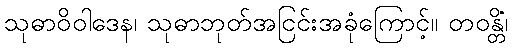
သုဓာဝိဝါဒေန၊ သုဓာဘုတ်အငြင်းအခုံကြောင့်။ တဝန္တိံ၊